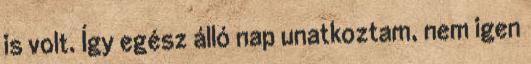
is volt. Így egész álló nap unatkoztam, nem igen